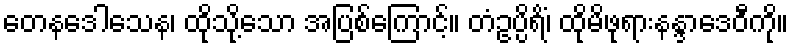
တေနဒေါသေန၊ ထိုသို့သော အပြစ်ကြောင့်။ တံဥပ္ပိရိံ၊ ထိုမိဖုရားနန္ဒာဒေဝီကို။